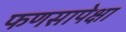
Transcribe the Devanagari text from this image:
फणसापेक्षा